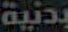
بدنية